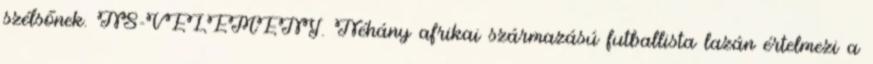
szélsőnek. NS-VÉLEMÉNY. Néhány afrikai származású futballista lazán értelmezi a